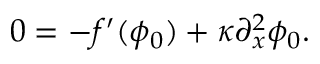
\begin{array} { r } { 0 = - f ^ { \prime } ( \phi _ { 0 } ) + \kappa \partial _ { x } ^ { 2 } \phi _ { 0 } . } \end{array}